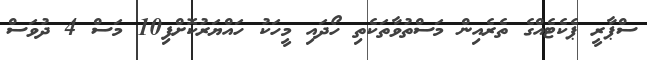
ސްޕާރީ ޕެކެެޓެއްގެ ތެރެއިން މަސްތުވާތަކެތި ހޯދައި މީހަކު ހައްޔަރުކޮށްފި10 މަސް 4 ދުވަސް